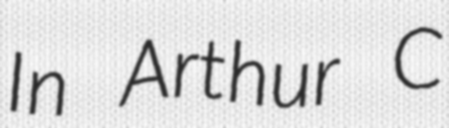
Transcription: In Arthur C